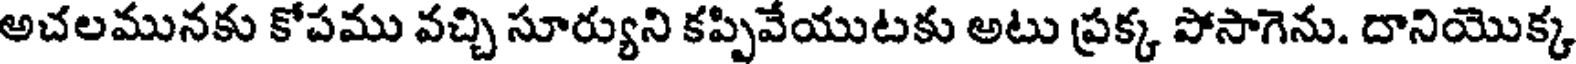
అచలమునకు కోపము వచ్చి సూర్యుని కప్పివేయుటకు అటు ప్రక్క పోసాగెను. దానియొక్క